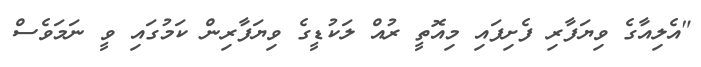
"އެލިއާގެ ވިޔަފާރި ފެށިފައި މިއޮތީ ރުއް ލަކުޑީގެ ވިޔަފާރިން ކަމުގައި ވީ ނަމަވެސް